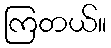
ကြတယ်။